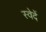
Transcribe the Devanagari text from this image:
स्वेदें